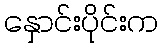
နှောင်းပိုင်းက